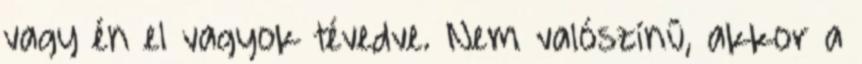
vagy én el vagyok tévedve. Nem valószínű, akkor a